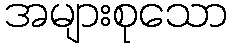
အများစုသော